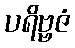
ပရိဗ္ဗဇံ